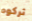
تركوه